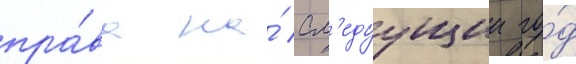
пра́ва на́ сл'едуущии го́д